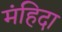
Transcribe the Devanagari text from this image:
मंहिदा